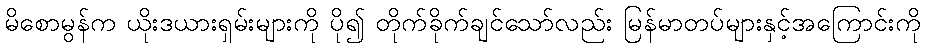
မိစောမွန်က ယိုးဒယားရှမ်းများကို ပို၍ တိုက်ခိုက်ချင်သော်လည်း မြန်မာတပ်များနှင့်အကြောင်းကို